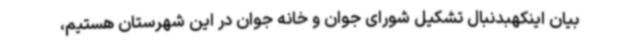
بیان اینکهبدنبال تشکیل شورای جوان و خانه جوان در این شهرستان هستیم،